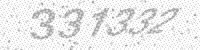
Solution: 331332